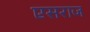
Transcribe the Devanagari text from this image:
एसराज